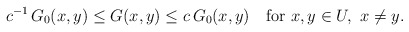
\begin{align*}c^{-1}\,G_0(x,y)\leq G(x,y)\leq c\,G_0(x,y) \quad\hbox{for}\ x,y\in U, \ x\not=y.\end{align*}